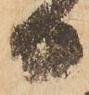
日